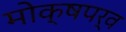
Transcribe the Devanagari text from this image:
मोक्षपर्व